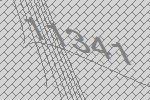
11341